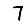
Digit: 7